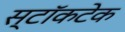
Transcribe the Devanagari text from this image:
स्टॉकटेक